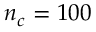
n _ { c } = 1 0 0